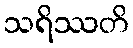
သရိဿတိ